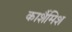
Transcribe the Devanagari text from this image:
कार्शैमिश